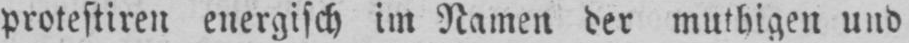
protestiren energisch im Namen der muthigen und